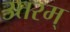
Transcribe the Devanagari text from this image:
उत्तरम्